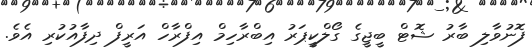
ފޮނުވާލި ބާރު ޝޮޓް ބީޖީގެ ގޯލްކީޕަރު އިބްރާހިމް އިފްރާހް އަރީފް ދިފާއުކުރި އެވެ.